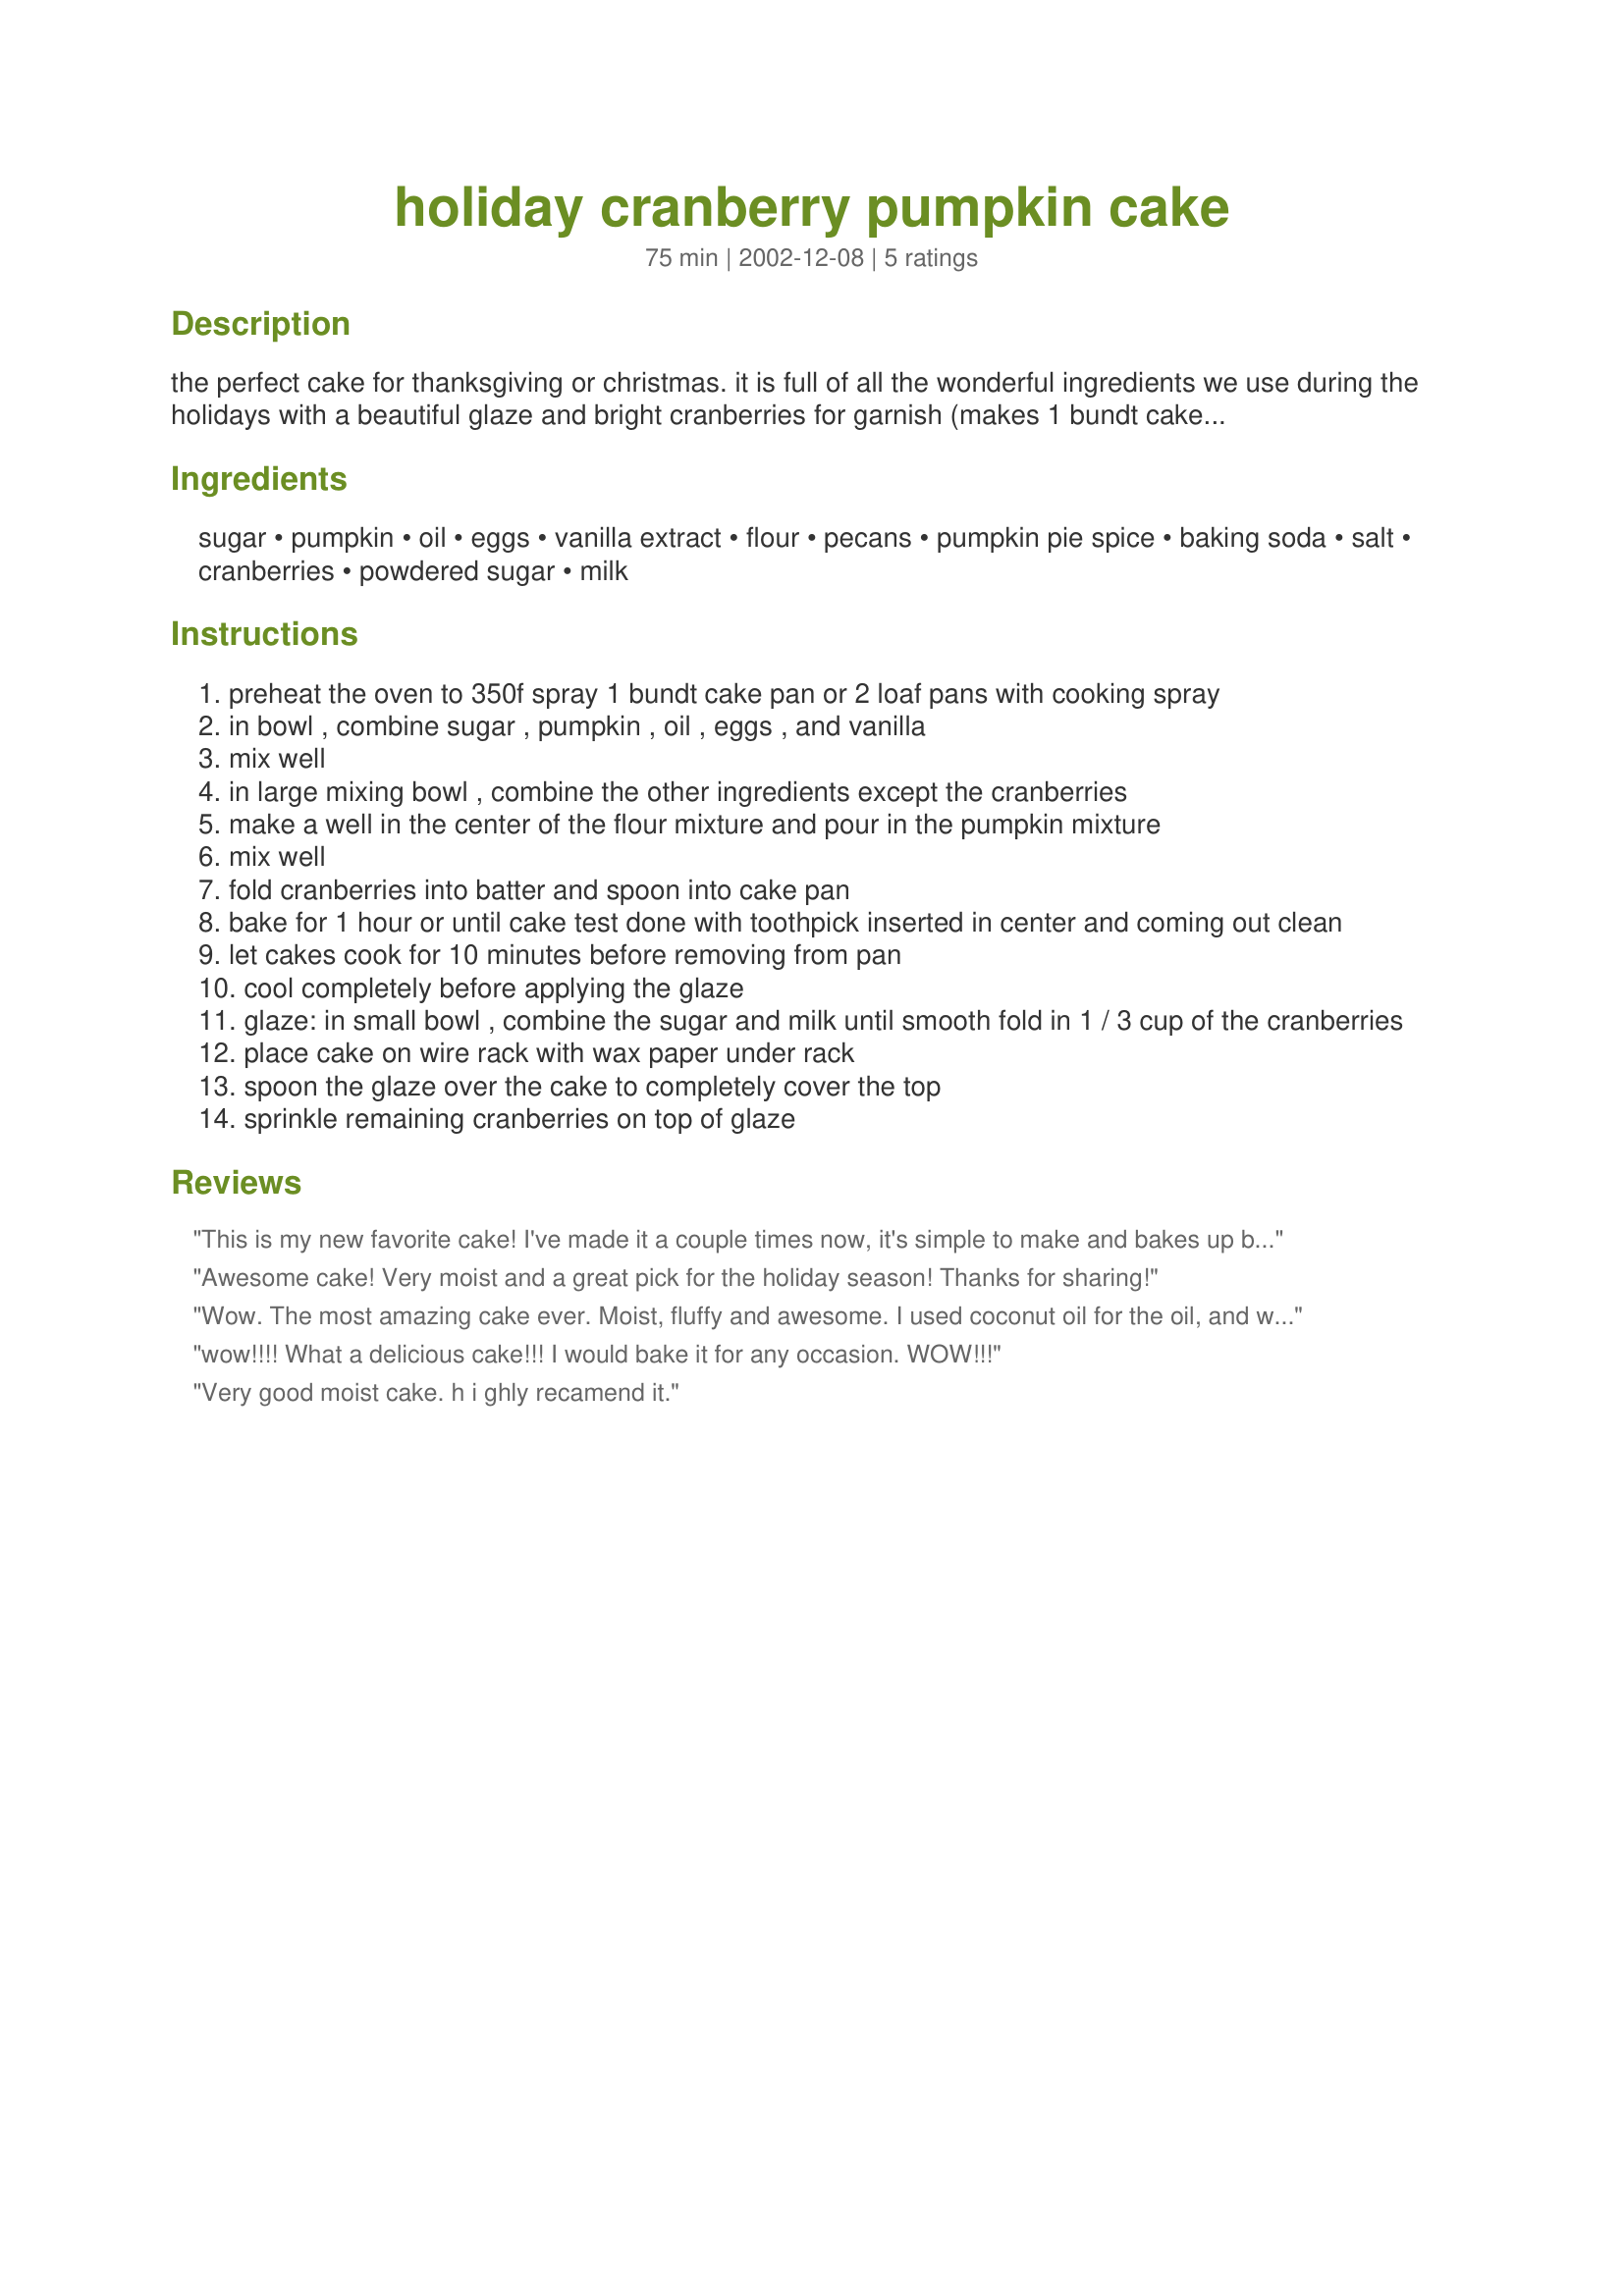
holiday cranberry pumpkin cake
Preparation time: 75 minutes

the perfect cake for thanksgiving or christmas. it is full of all the wonderful ingredients we use during the holidays with a beautiful glaze and bright cranberries for garnish (makes 1 bundt cake or 2 loaves)

Ingredients:
sugar, pumpkin, oil, eggs, vanilla extract, flour, pecans, pumpkin pie spice, baking soda, salt, cranberries, powdered sugar, milk

Steps:
preheat the oven to 350f spray 1 bundt cake pan or 2 loaf pans with cooking spray
in bowl , combine sugar , pumpkin , oil , eggs , and vanilla
mix well
in large mixing bowl , combine the other ingredients except the cranberries
make a well in the center of the flour mixture and pour in the pumpkin mixture
mix well
fold cranberries into batter and spoon into cake pan
bake for 1 hour or until cake test done with toothpick inserted in center and coming out clean
let cakes cook for 10 minutes before removing from pan
cool completely before applying the glaze
glaze: in small bowl , combine the sugar and milk until smooth fold in 1 / 3 cup of the cranberries
place cake on wire rack with wax paper under rack
spoon the glaze over the cake to completely cover the top
sprinkle remaining cranberries on top of glaze

Reviews:
This is my new favorite cake! I've made it a couple times now, it's simple to make and bakes up beautifully. So moist and with wonderful autumn and holiday flavors. It was a big hit at the 2 dinner parties I brought it to.
Awesome cake! Very moist and a great pick for the holiday season! Thanks for sharing!
Wow. The most amazing cake ever. Moist, fluffy and awesome. I used coconut oil for the oil, and whipped the eggs and oil and sugar together first, I also roasted my own pumpkin (one small one). I have been trying out cake recipes for years, and this may have been the winner of all time.
wow!!!! What a delicious cake!!! I would bake it for any occasion. WOW!!!
Very good moist cake. h i ghly recamend it.
